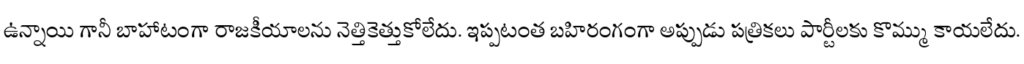
ఉన్నాయి గానీ బాహాటంగా రాజకీయాలను నెత్తికెత్తుకోలేదు. ఇప్పటంత బహిరంగంగా అప్పుడు పత్రికలు పార్టీలకు కొమ్ము కాయలేదు.